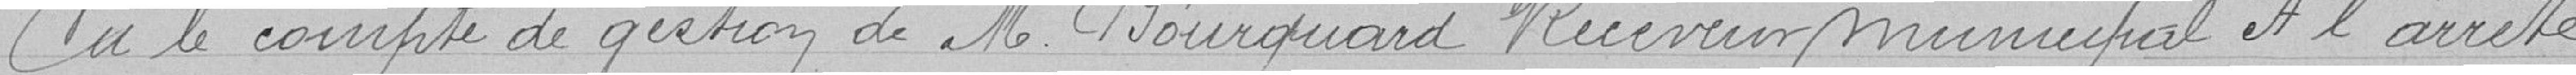
vu le compte de gestion de M. Bourquard Receveur Municipal et l'arrêté